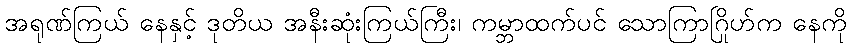
အရုဏ်ကြယ် နေနှင့် ဒုတိယ အနီးဆုံးကြယ်ကြီး၊ ကမ္ဘာထက်ပင် သောကြာဂြိုဟ်က နေကို